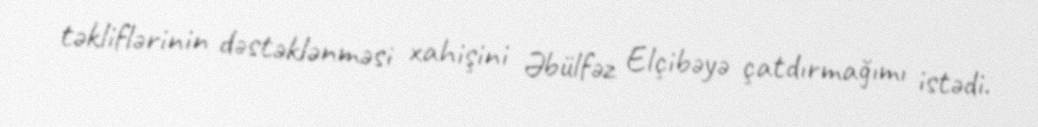
təkliflərinin dəstəklənməsi xahişini Əbülfəz Elçibəyə çatdırmağımı istədi.